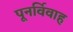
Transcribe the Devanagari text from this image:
पूनर्विवाह